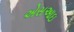
એસઆઇ